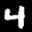
Label: 4